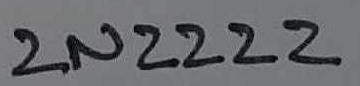
Text: 2N2222